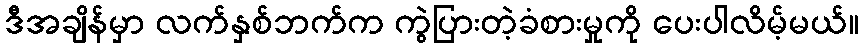
ဒီအချိန်မှာ လက်နှစ်ဘက်က ကွဲပြားတဲ့ခံစားမှုကို ပေးပါလိမ့်မယ်။